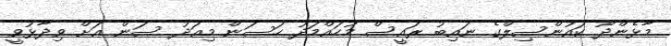
މާޅެންދޫ ކައުންސިލްގެ ނައިބު ރައީސް މުހައްމަދު ހަސަން މިއަދު ސަން އަށް ވިދާޅުވީ